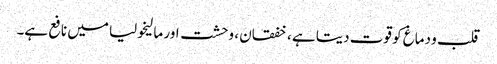
قلب و دماغ کو قوت دیتا ہے ، خفقان ، وحشت اور مالیخولیا میں نافع ہے۔